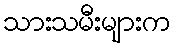
သားသမီးများက